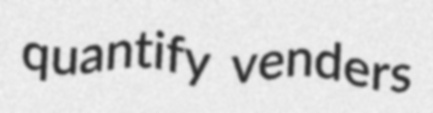
quantify venders